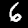
Label: 6